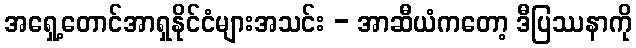
အရှေ့တောင်အာရှနိုင်ငံများအသင်း - အာဆီယံကတော့ ဒီပြဿနာကို